Indian Civil Veterinary Department memoirs
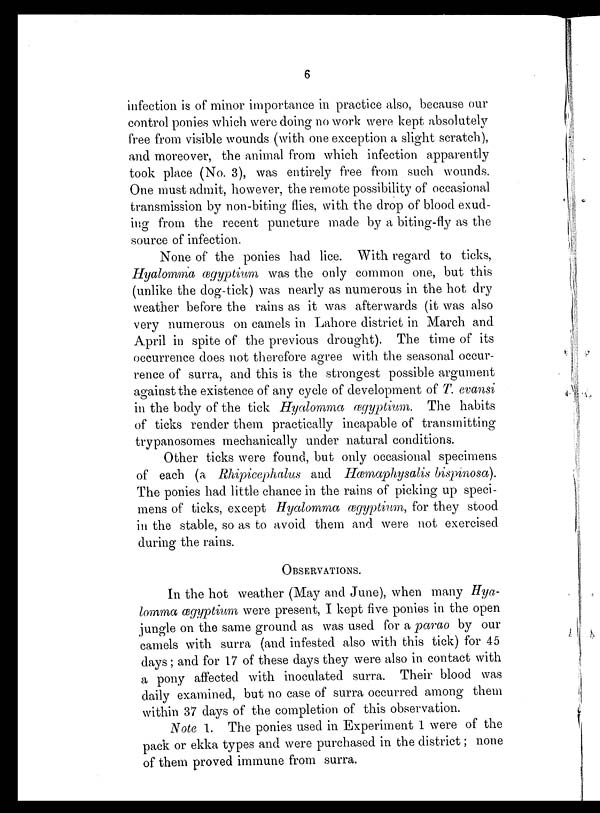
6
infection is of minor importance in practice also, because our
control ponies which were doing no work were kept absolutely
free from visible wounds (with one exception a slight scratch),
and moreover, the animal from which infection apparently
took place (No. 3), was entirely free from such wounds.
One must admit, however, the remote possibility of occasional
transmission by non-biting flies, with the drop of blood exud-
ing from the recent puncture made by a biting-fly as the
source of infection.
None of the ponies had lice. With regard to ticks,
Hyalomma ægyptium was the only common one, but this
(unlike the dog-tick) was nearly as numerous in the hot dry
weather before the rains as it was afterwards (it was also
very numerous on camels in Lahore district in March and
April in spite of the previous drought). The time of its
occurrence does not therefore agree with the seasonal occur-
rence of surra, and this is the strongest possible argument
against the existence of any cycle of development of T. evansi
in the body of the tick Hyalomma ægyptium. The habits
of ticks render them practically incapable of transmitting
trypanosomes mechanically under natural conditions.
Other ticks were found, but only occasional specimens
of each (a Rhipicephalus and Hæmaphysalis bispinosa).
The ponies had little chance in the rains of picking up speci-
mens of ticks, except Hyalomma ægyptium, for they stood
in the stable, so as to avoid them and were not exercised
during the rains.
OBSERVATIONS.
In the hot weather (May and June), when many Hya-
lomma ægyptium were present, I kept five ponies in the open
jungle on the same ground as was used for a parao by our
camels with surra (and infested also with this tick) for 45
days; and for 17 of these days they were also in contact with
a pony affected with inoculated surra. Their blood was
daily examined, but no case of surra occurred among them
within 37 days of the completion of this observation.
Note 1. The ponies used in Experiment 1 were of the
pack or ekka types and were purchased in the district; none
of them proved immune from surra.